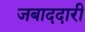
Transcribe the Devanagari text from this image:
जबाददारी